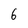
Character: 6